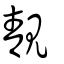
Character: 靚